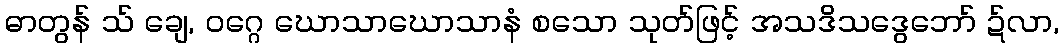
ဓာတွန် သ် ချေ, ဝဂ္ဂေ ဃောသာဃောသာနံ စသော သုတ်ဖြင့် အသဒိသဒွေဘော် ဍ်လာ,